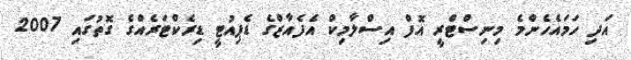
އަދި ހަމައެހެންމެ މިނިސްޓްރީ އޮފް އިސްލާމިކް އެފެއާޒްގެ ޑެޕިއުޓީ ޑިރެކްޓަރެއްގެ ގޮތުގައި 2007